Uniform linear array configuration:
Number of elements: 16
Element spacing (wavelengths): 0.75
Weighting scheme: exponential
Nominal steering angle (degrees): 0
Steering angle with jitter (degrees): -0.6837
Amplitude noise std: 0.05
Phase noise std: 0.05

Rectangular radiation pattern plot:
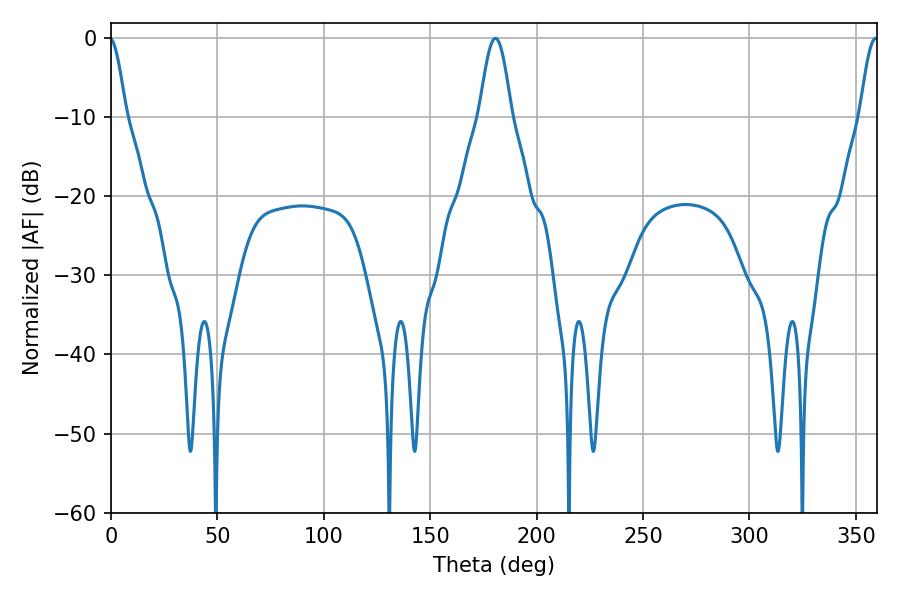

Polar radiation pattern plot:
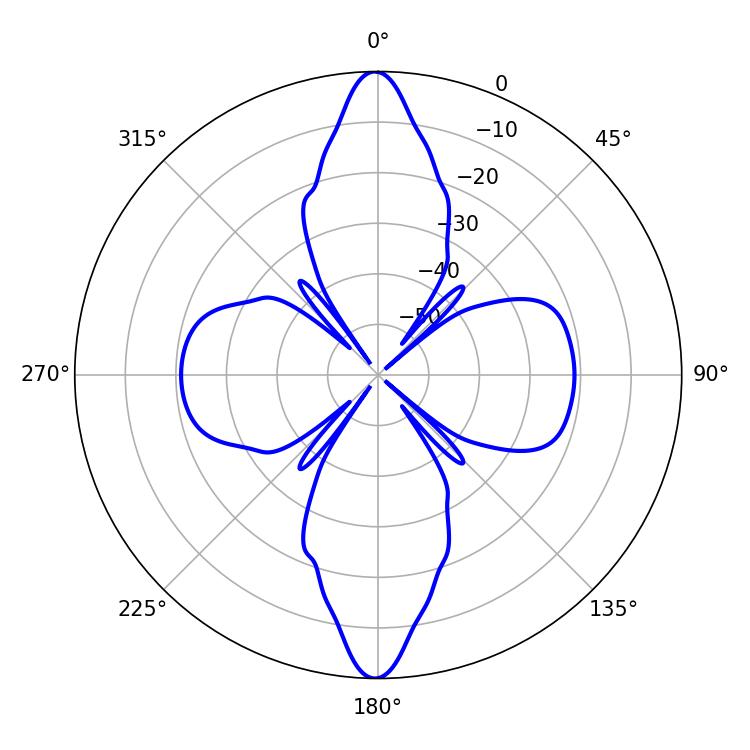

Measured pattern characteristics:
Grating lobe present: TRUE
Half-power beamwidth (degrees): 8.1
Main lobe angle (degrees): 180.54